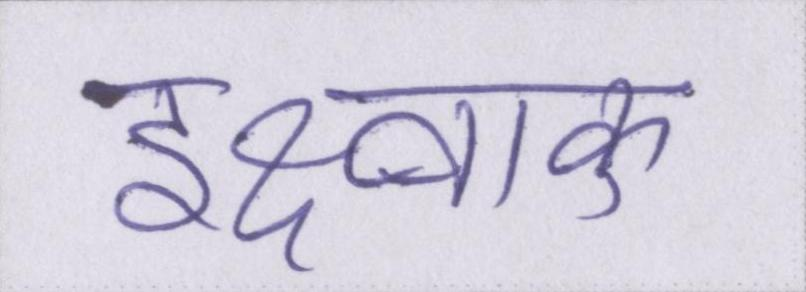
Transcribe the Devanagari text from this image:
इक्ष्वाकु